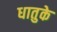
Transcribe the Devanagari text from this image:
धातुके